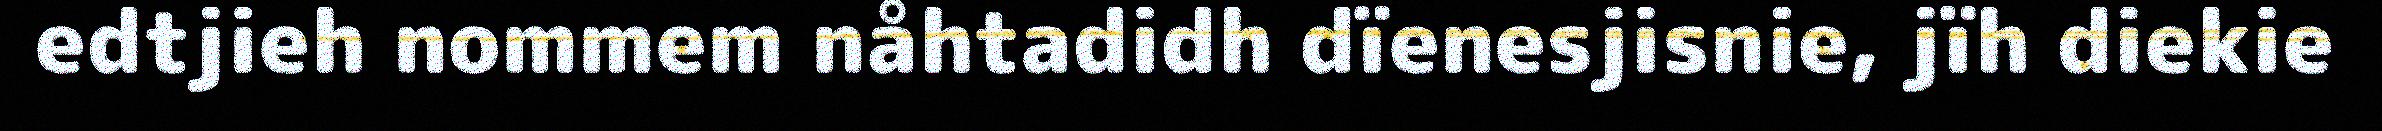
edtjieh nommem nåhtadidh dïenesjisnie, jïh diekie